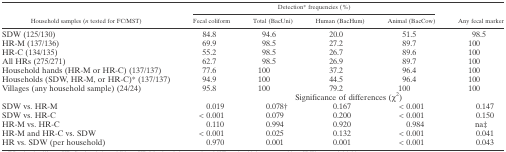
<table><thead><tr><td rowspan="2"><b>Household samples (<i>n</i> tested for FC/MST)</b></td><td colspan="4"><b>Detection* frequencies (%)</b></td><td rowspan="2"><b>Any fecal marker</b></td></tr><tr><td><b>Fecal coliform</b></td><td><b>Total (BacUni)</b></td><td><b>Human (BacHum)</b></td><td><b>Animal (BacCow)</b></td></tr></thead><tbody><tr><td>SDW (125/130)</td><td>84.8</td><td>94.6</td><td>20.0</td><td>51.5</td><td>98.5</td></tr><tr><td>HR-M (137/136)</td><td>69.9</td><td>98.5</td><td>27.2</td><td>89.7</td><td>100</td></tr><tr><td>HR-C (134/135)</td><td>55.2</td><td>98.5</td><td>26.7</td><td>89.6</td><td>100</td></tr><tr><td>All HRs (275/271)</td><td>62.7</td><td>98.5</td><td>26.9</td><td>89.7</td><td>100</td></tr><tr><td>Household hands (HR-M or HR-C) (137/137)</td><td>77.6</td><td>100</td><td>37.2</td><td>96.4</td><td>100</td></tr><tr><td>Households (SDW, HR-M, or HR-C)* (137/137)</td><td>94.9</td><td>100</td><td>44.5</td><td>96.4</td><td>100</td></tr><tr><td>Villages (any household sample) (24/24)</td><td>95.8</td><td>100</td><td>79.2</td><td>100</td><td>100</td></tr><tr><td></td><td colspan="5">Significance of differences (χ<sup>2</sup>)</td></tr><tr><td>SDW vs. HR-M</td><td>0.019</td><td>0.078†</td><td>0.167</td><td>&lt; 0.001</td><td>0.147</td></tr><tr><td>SDW vs. HR-C</td><td>&lt; 0.001</td><td>0.079</td><td>0.200</td><td>&lt; 0.001</td><td>0.150</td></tr><tr><td>HR-M vs. HR-C</td><td>0.110</td><td>0.994</td><td>0.920</td><td>0.984</td><td>na‡</td></tr><tr><td>HR-M and HR-C vs. SDW</td><td>&lt; 0.001</td><td>0.025</td><td>0.132</td><td>&lt; 0.001</td><td>0.041</td></tr><tr><td>HR vs. SDW (per household)</td><td>0.970</td><td>0.001</td><td>0.001</td><td>&lt; 0.001</td><td>0.043</td></tr></tbody></table>